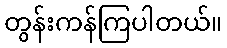
တွန်းကန်ကြပါတယ်။